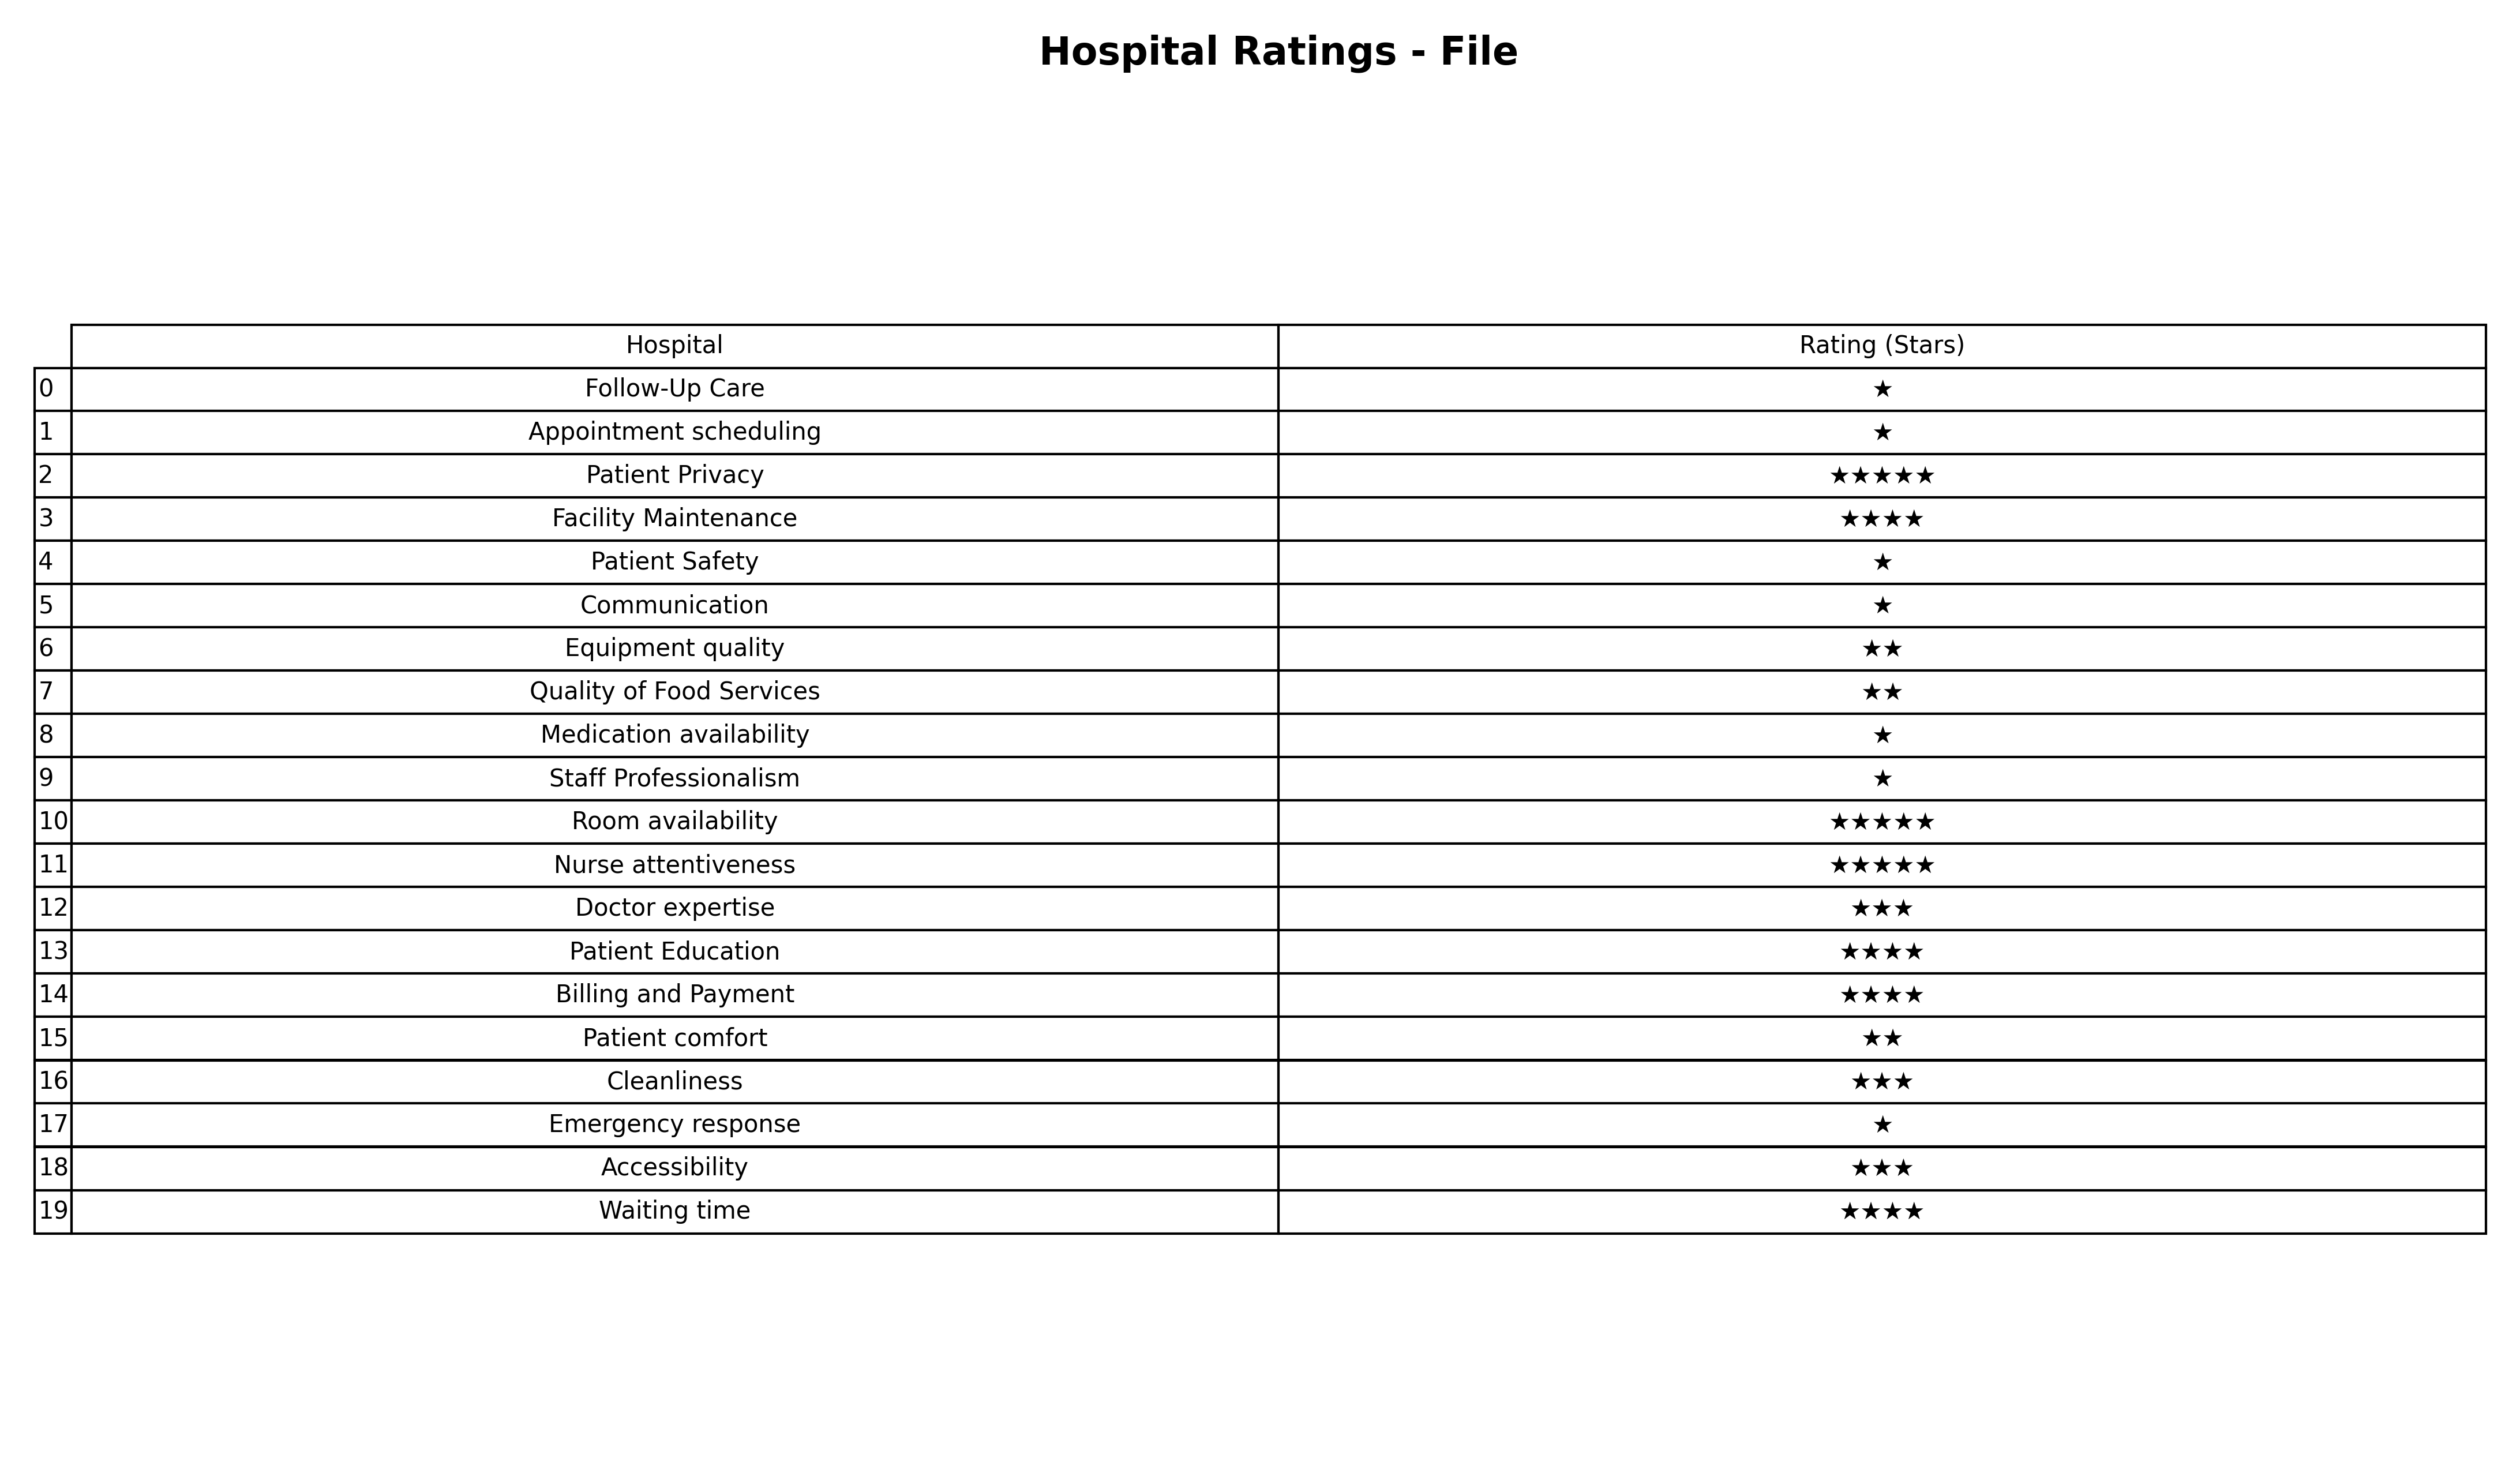
question: What is the rating of Patient Privacy?
answer: ★★★★★